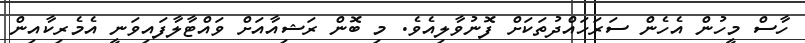
ހާސް މީހުން އެހެން ސަރަހައްދުތަކަށް ފޮނުވާލިއެވެ. މި ބޮން ރަޝިއާއަށް ވައްޓާލާފައިވަނީ އެމެރިކާއިން